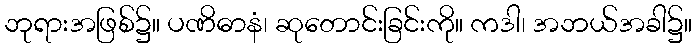
ဘုရားအဖြစ်၌။ ပဏိဓာနံ၊ ဆုတောင်းခြင်းကို။ ကဒါ၊ အဘယ်အခါ၌။